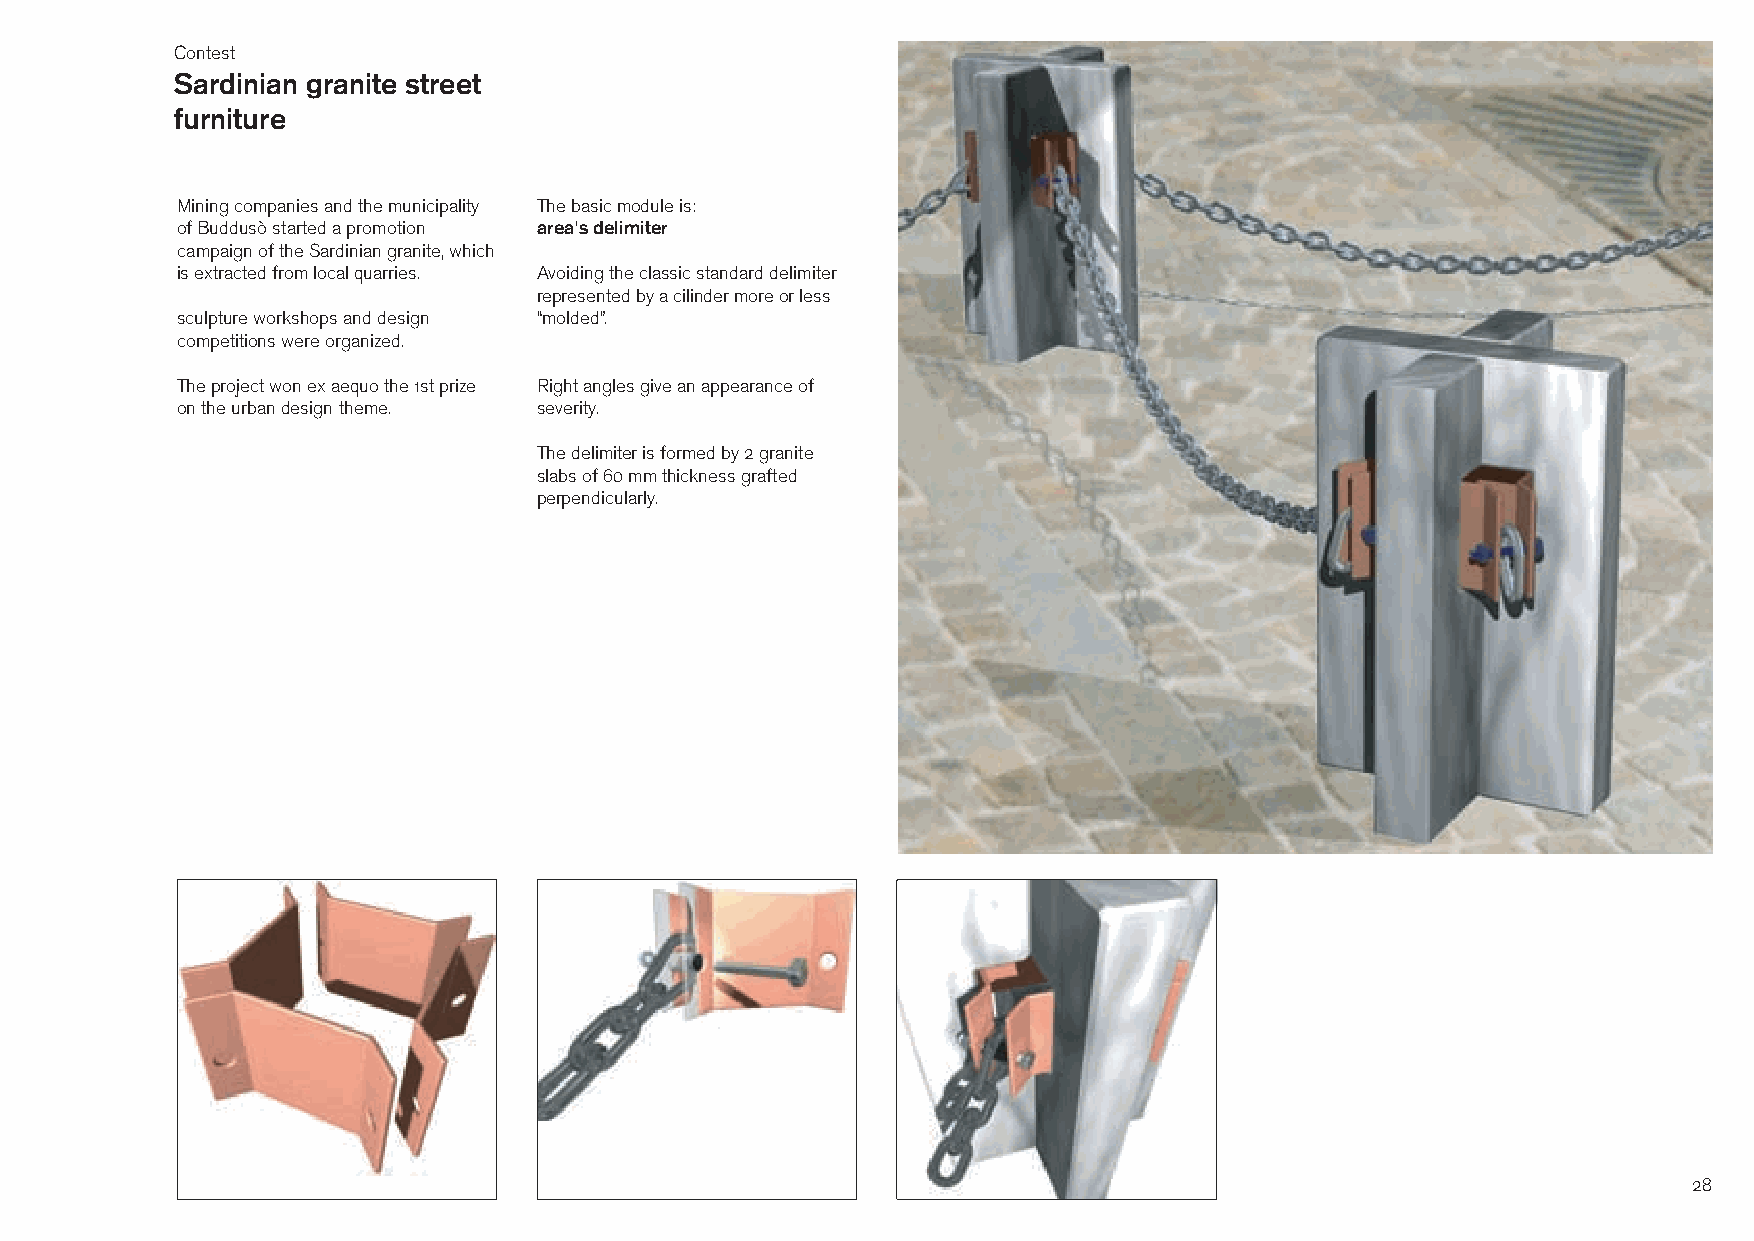
Contest
 Sardinian granite street
 furniture
 Mining companies and the municipality The basic module is:
 of Buddusò started a promotion area's delimiter
 campaign of the Sardinian granite, which
 is extracted from local quarries. Avoiding the classic standard delimiter
 represented by a cilinder more or less
 sculpture workshops and design “molded”.
 competitions were organized.
 The project won ex aequo the 1st prize Right angles give an appearance of
 on the urban design theme. severity.
 The delimiter is formed by 2 granite
 slabs of 60 mm thickness grafted
 perpendicularly.
 28